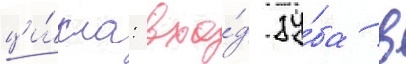
ци́кла: вхо́д зу́ба в